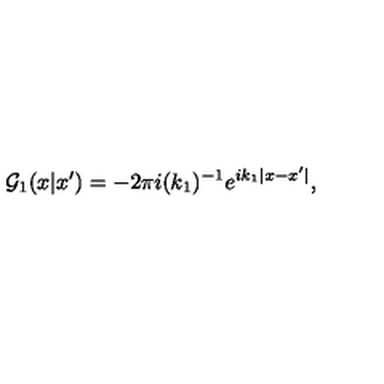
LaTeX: { \cal G } _ { 1 } ( x | x ^ { \prime } ) = - 2 \pi i ( k _ { 1 } ) ^ { - 1 } e ^ { i k _ { 1 } | x - x ^ { \prime } | } ,